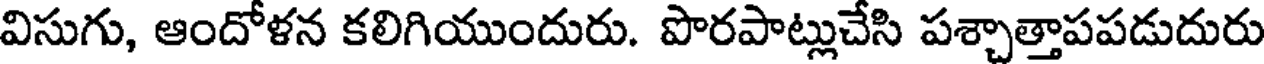
విసుగు, ఆందోళన కలిగియుందురు. పొరపాట్లుచేసి పశ్చాత్తాపపడుదురు